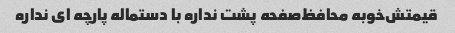
قیمتش‌خوبه محافظ‌صفحه پشت نداره با دستماله پارچه ای نداره